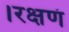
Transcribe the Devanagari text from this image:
।रक्षणं